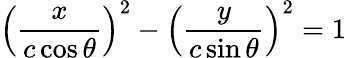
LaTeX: \left({\frac{x}{c\cos\theta}}\right)^{2}-\left({\frac{y}{c\sin\theta}}\right)^{2}=1